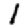
Digit: 1